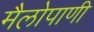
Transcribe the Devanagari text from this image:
मैलोपाणी